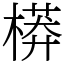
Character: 𣙷